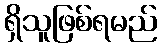
ရှိသူဖြစ်ရမည်